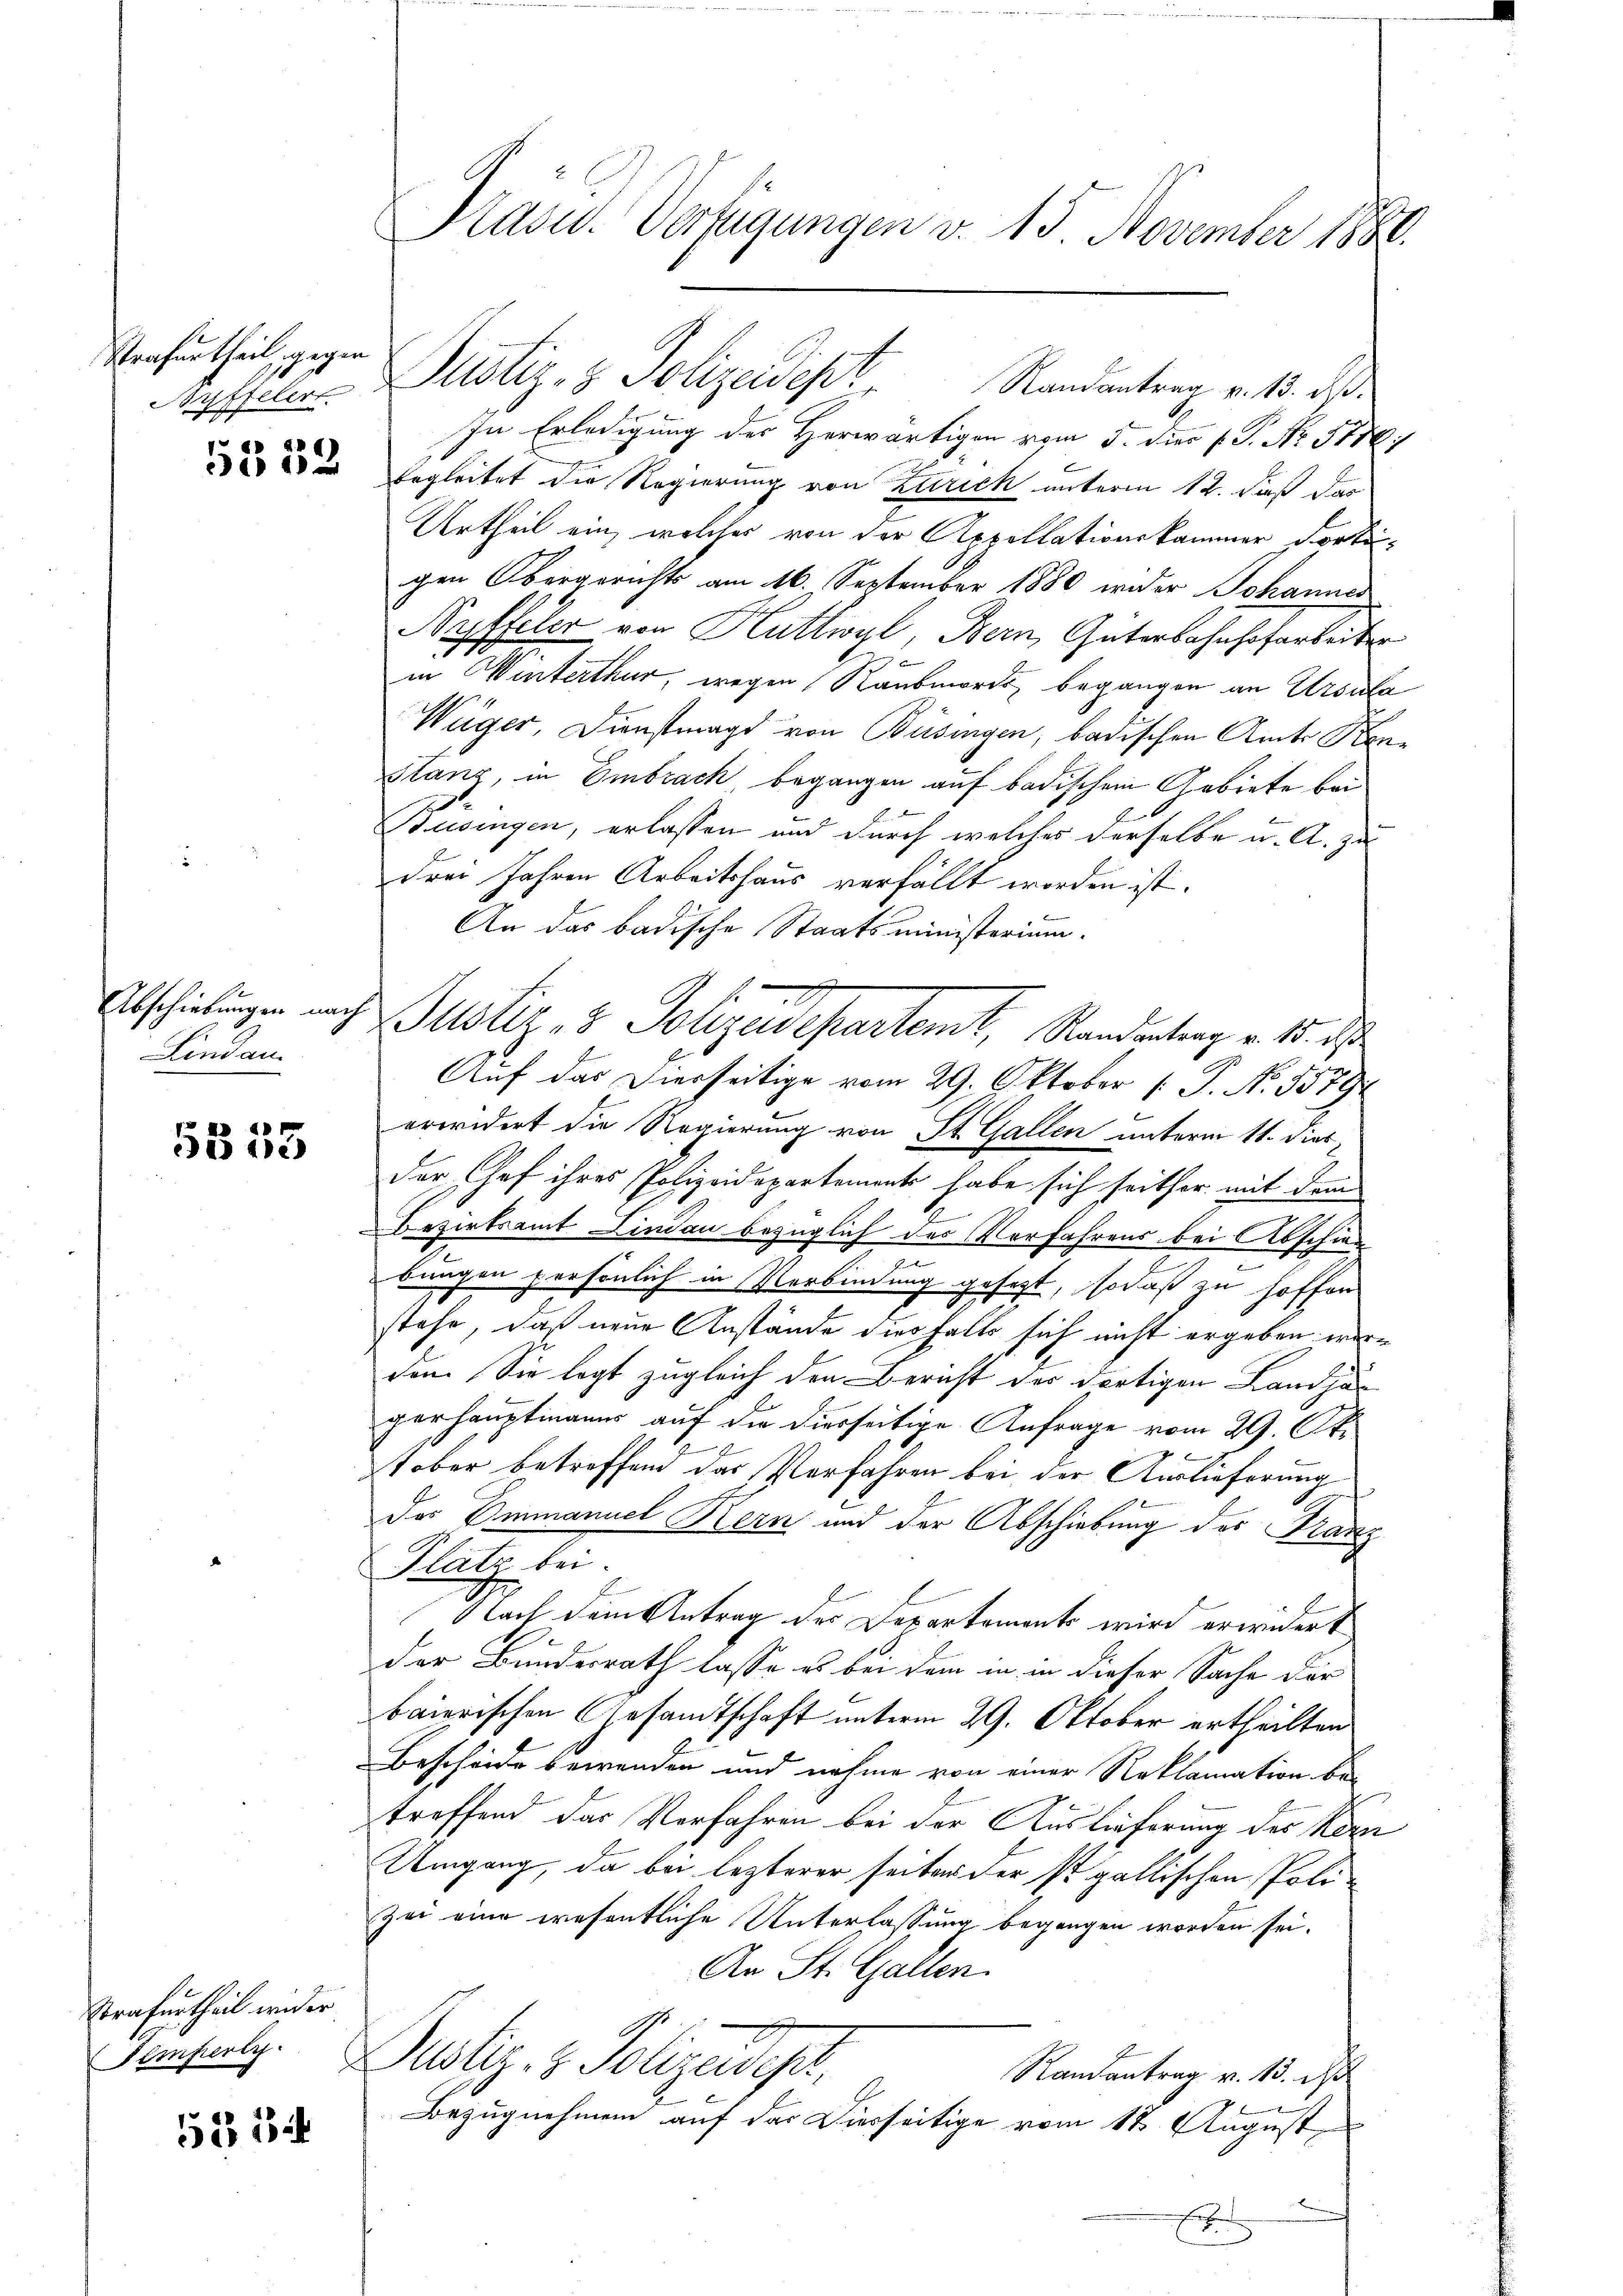
Strafurtheil, gegen
Nyffelert.

5552

Abschiebungen nach
Lindan

5555

Strafurtheil wider
Semperly.

5254

G

Präsid. Verfügungen v. 15. November 1880.

In Erledigung des Herwärtigen vom 5. dies P. Nr. 3176
g
begleitet die Regierung von Zürich unterm 12. dieß der
Urtheil ein, welches von der Appellationskammer dortigen Obergerichts am 16. September 1880 weder Johannes
Nyffeler von Huttwyl, Bern, Güterbahnhofarbeiter
5
Ich
in Winterthur, wegen Raubmords, begangen an Ursula
Wüger, Dienstmagd von Büsingen, badischen Amts Konstanz, in Embrach, begangen auf badischem Gebiete bei
Büsingen, erlassen und durch welches derselbe u. A. Zudrei Jahren Arbeitshaus verfällt worden ist.
An das badische Staatsministerium.
Justiz & Polizeidepartemt, Randertrag v. 15. d.
Auf das Dierseitige vom 29. Oktober [ P. No. 5579
erwidert die Regierung von St. Gallen unterm 11. Dies
der Chef ihres Polizeidepartements habe sich seither mit dem
Bezirksamt Lindau bezüglich des Verfahrens bei Abschien
bungen persönlich in Verbindung gesezt, sodaß zu hoffen
stehe, daß neue Anstände diesfalls sich nicht ergeben werden. Sie legt zugleich den Bericht des dortigen Landjäg
gerhauptmanns auf die diesseitige Anfrage vom 29. Oke
tober betreffend das Verfahren bei der Auslieferung
Das Ammanuel Kern und der Abschiebung des Franz
Platz bei.
Nach dem Antrag des Departements wird erwidert
der Bundesrath lasse es bei dem in in dieser Sache der
baierischen Gesandtschaft unterm 29. Oktober ertheilten
Bescheide bewenden und nahme von einer Reklamation be-
treffend das Verfahren bei der Auslieferung des Korn
Umgang, da bei lezterer seiter der so gallischen Polizei eine wesentliche Unterlassung begangen worden sei.
An St. Gallen.
Justiz- & Polizeidept,
Randantrag v. 15. d
Bezugnehmen auf das Dierseitige vom 18. August,
b
E

Justiz- & Polizeidept Randantrag v. 15. ds.